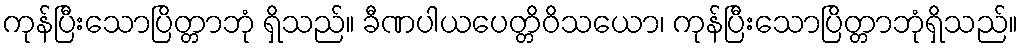
ကုန်ပြီးသောပြိတ္တာဘုံ ရှိသည်။ ခီဏပါယပေတ္တိဝိသယော၊ ကုန်ပြီးသောပြိတ္တာဘုံရှိသည်။